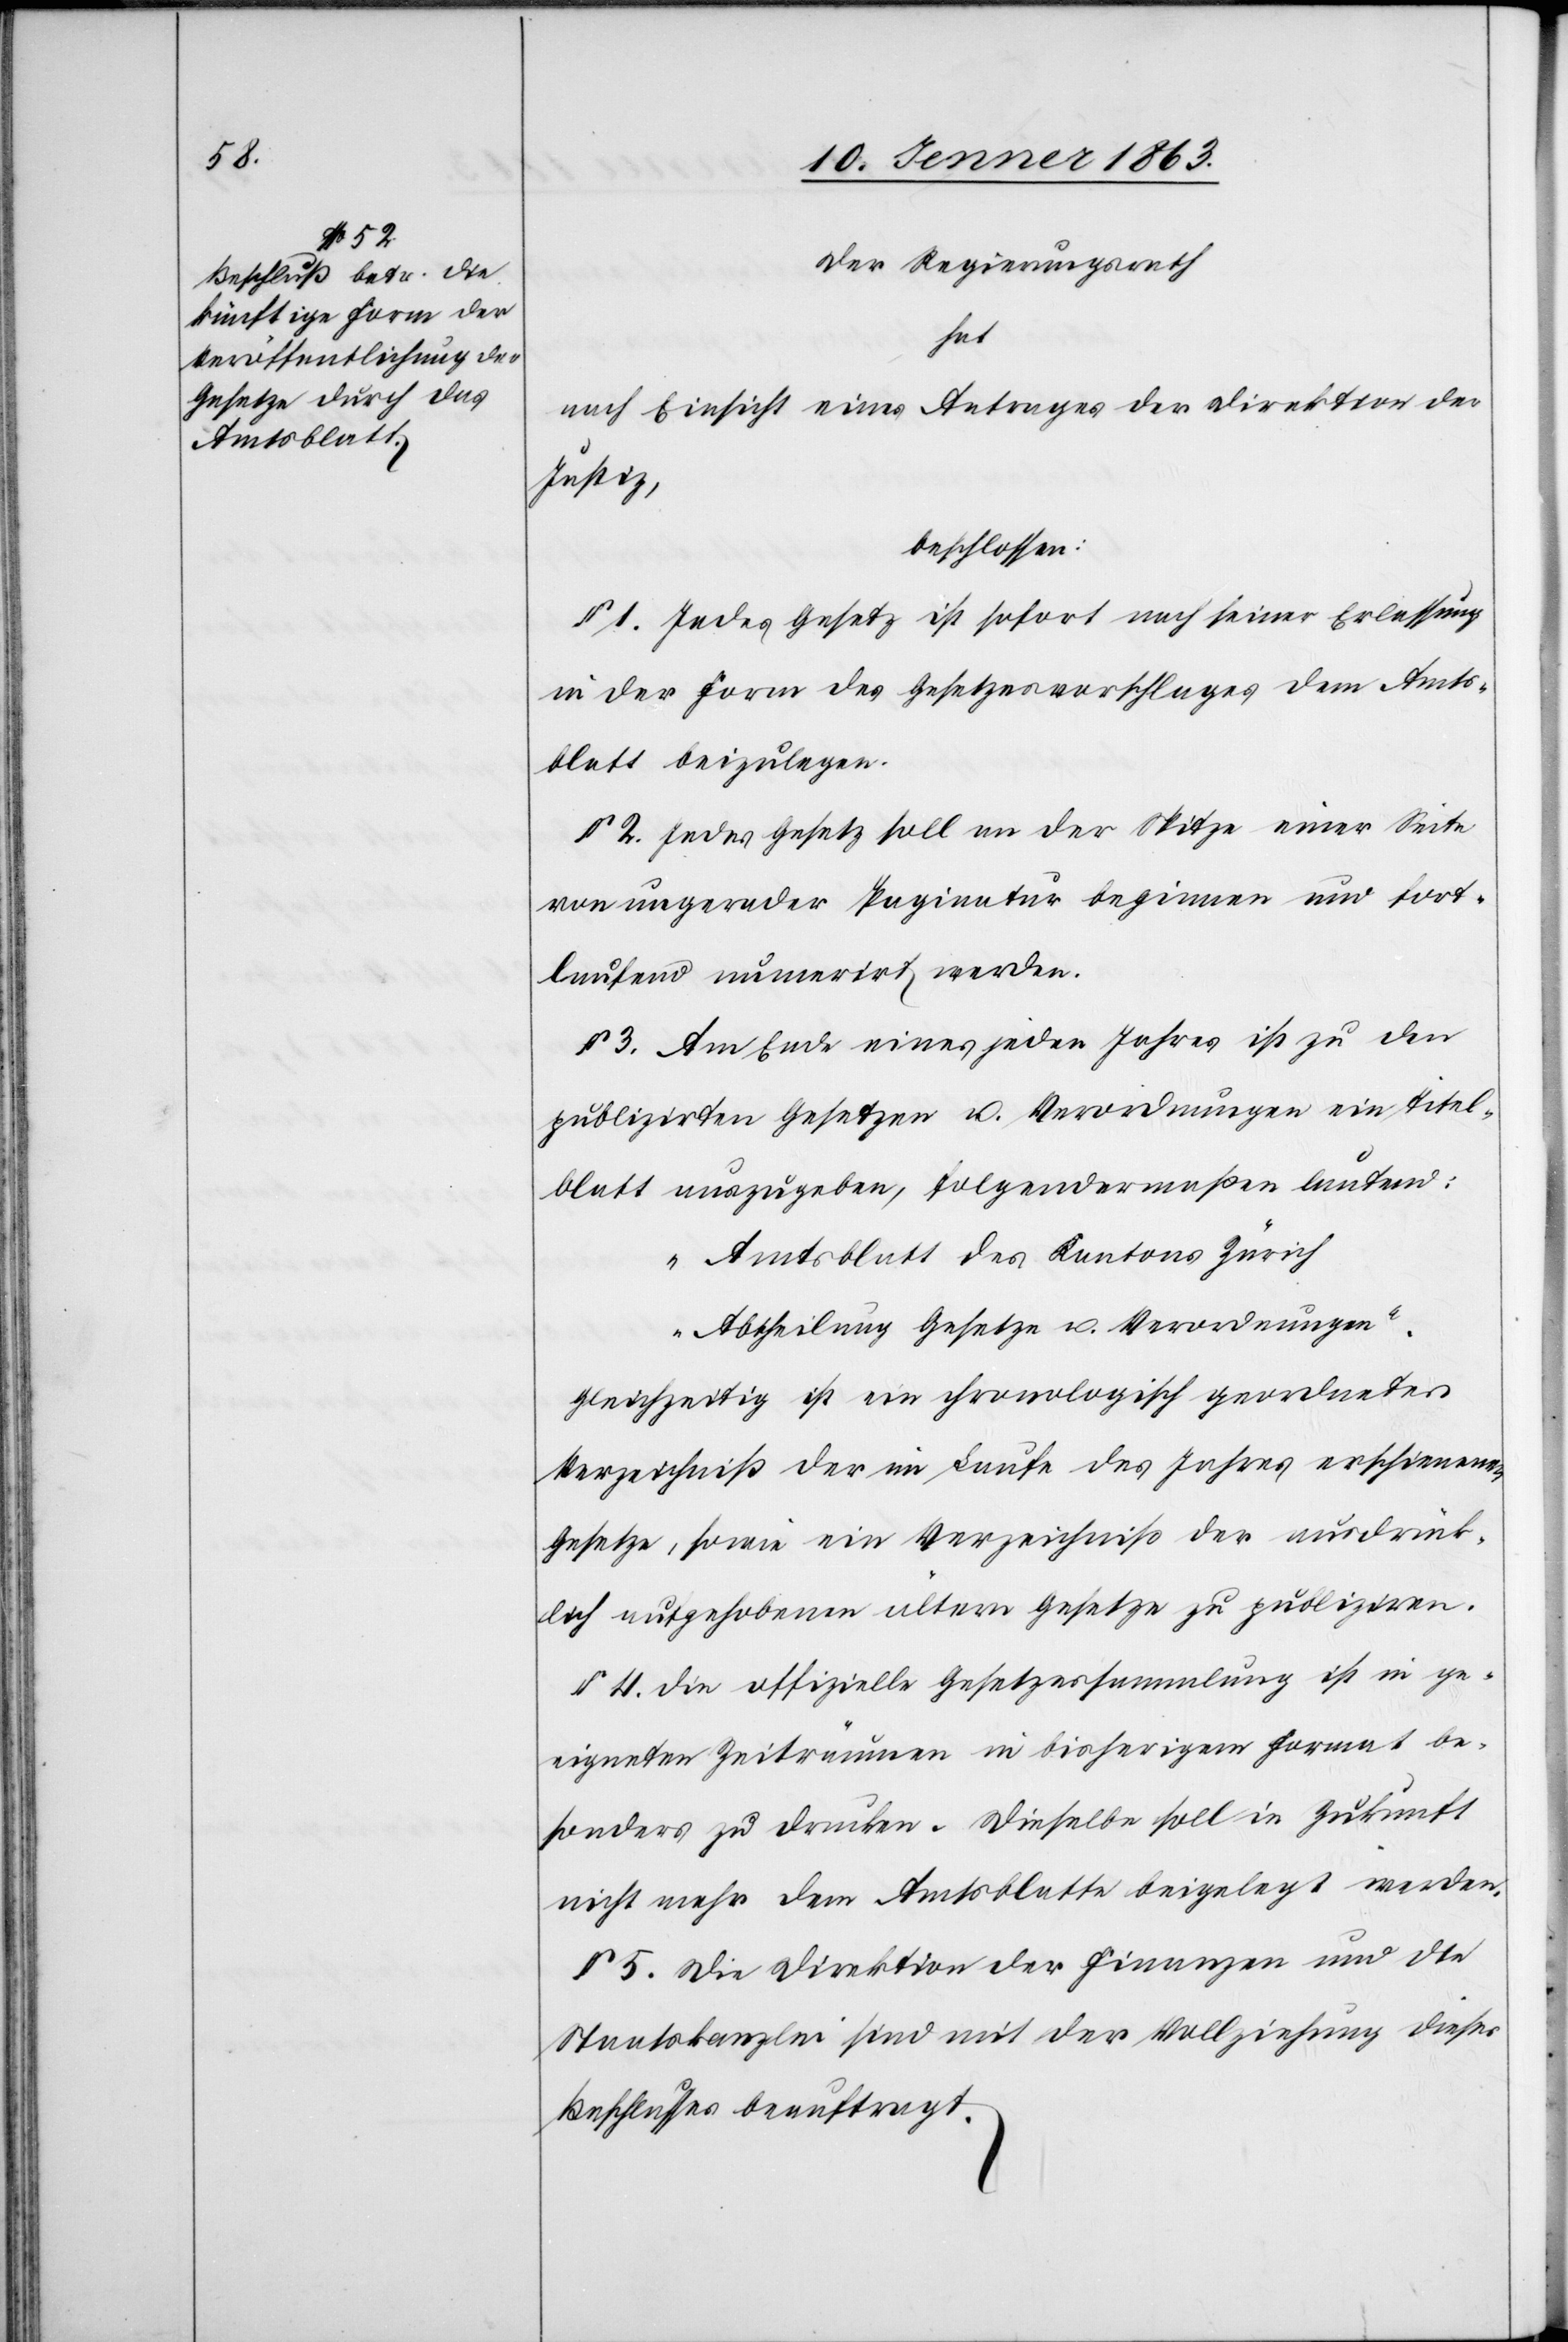
Der Regierungsrath
hat
nach Einsicht eines Antrages der Direktion der
Justiz,
beschlossen:
§ 1. Jedes Gesetz ist sofort nach seiner Erlassung
in der Form des Gesetzesvorschlages dem Amts¬
blatt beizulegen.
§ 2. Jedes Gesetz soll an der Spitze einer Seite
von ungerader Paginatur beginnen und fort¬
laufend numerirt werden.
§ 3. Am Ende eines jeden Jahres ist zu den
publizirten Gesetzen u. Verordnungen ein Titel¬
blatt auszugeben, folgendermaßen lautend:
„Amtsblatt des Cantons Zürich
Abtheilung Gesetze u. Verordnungen“.
Gleichzeitig ist ein chronologisch geordnetes
Verzeichniß der im Laufe des Jahres erschienenen
Gesetze, sowie ein Verzeichniß der ausdrück¬
lich aufgehobenen ältern Gesetze zu publiziren.
§ 4. Die offizielle Gesetzessammlung ist in ge¬
eigneten Zeiträumen in bisherigem Format be¬
sonders zu drucken. Dieselbe soll in Zukunft
nicht mehr dem Amtsblatte beigelegt werden.
§ 5. Die Direktion der Finanzen und die
Staatskanzlei sind mit der Vollziehung dieses
Beschlusses beauftragt.